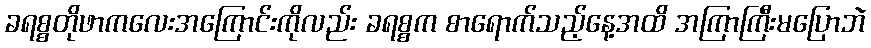
ခရစ္စတိုဖာကလေးအကြောင်းကိုလည်း ခရစ္စက စာရောက်သည့်နေ့အထိ အကြာကြီးမပြောဘဲ